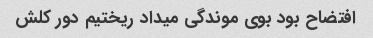
افتضاح بود بوی موندگی میداد ریختیم دور کلش